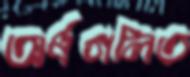
অর্ধগলিত